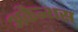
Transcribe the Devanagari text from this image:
अकैन्थस